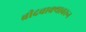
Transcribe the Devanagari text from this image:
ब्रीदवाक्यावरून